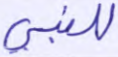
للنبي